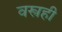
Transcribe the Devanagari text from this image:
वस्त्रही